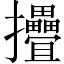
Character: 㩹